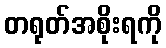
တရုတ်အစိုးရကို